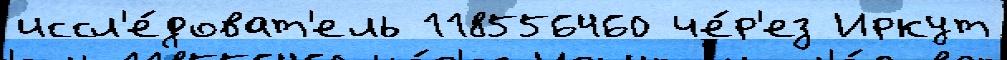
иссл'е́доват'ель 118556460 че́р'ез Иркут